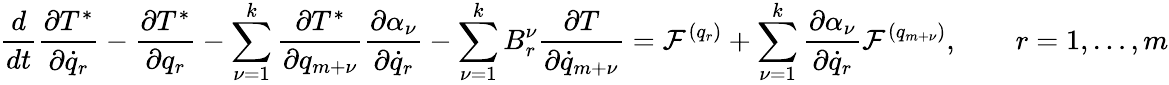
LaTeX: \frac{d}{dt}\frac{\partial T^{*}}{\partial{\dot{q}}_{r}}-\frac{\partial T^{*}}{\partial q_{r}}-\sum_{\nu=1}^{k}\frac{\partial T^{*}}{\partial q_{m+\nu}}\frac{\partial\alpha_{\nu}}{\partial{\dot{q}_{r}}}-\sum_{\nu=1}^{k}B_{r}^{\nu}\frac{\partial T}{\partial{\dot{q}}_{m+\nu}}={\cal F}^{(q_{r})}+\sum_{\nu=1}^{k}\frac{\partial\alpha_{\nu}}{\partial{\dot{q}}_{r}}{\cal F}^{(q_{m+\nu})},\qquad r=1,\dots,m